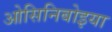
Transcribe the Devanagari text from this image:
ओसिनिबोइया